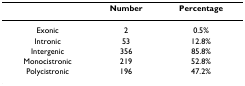
<table><thead><tr><td></td><td><b>Number</b></td><td><b>Percentage</b></td></tr></thead><tbody><tr><td>Exonic</td><td>2</td><td>0.5%</td></tr><tr><td>Intronic</td><td>53</td><td>12.8%</td></tr><tr><td>Intergenic</td><td>356</td><td>85.8%</td></tr><tr><td>Monocistronic</td><td>219</td><td>52.8%</td></tr><tr><td>Polycistronic</td><td>196</td><td>47.2%</td></tr></tbody></table>